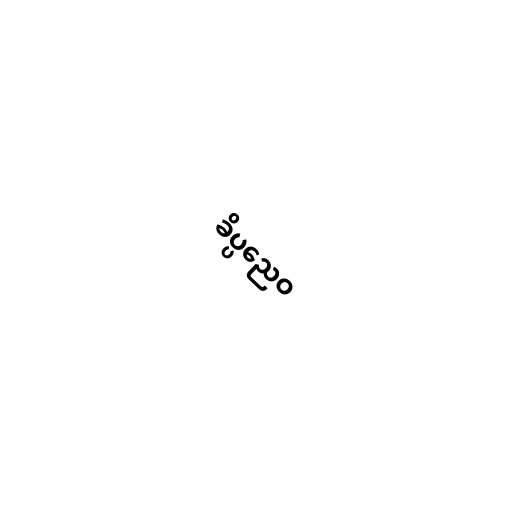
ခိပ္ပညေဝ